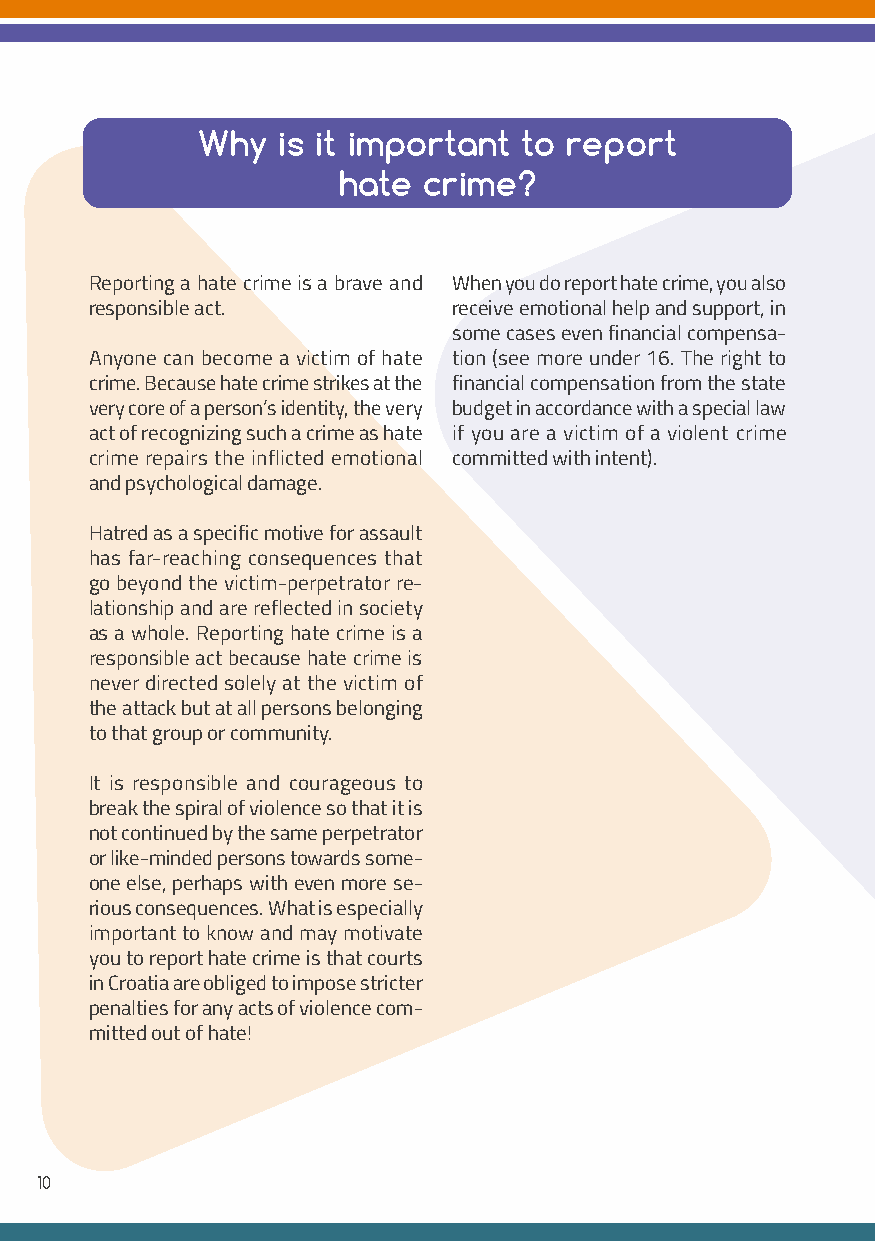
Why  is it important  to report
 hate  crime?
 Reporting a hate crime is a brave and When you do report hate crime, you also
 responsible act.        receive emotional help and support, in
 some cases even financial compensa-
 Anyone can become a victim of hate tion (see more under 16. The right to
 crime. Because hate crime strikes at the financial compensation from the state
 very core of a person’s identity, the very budget in accordance with a special law
 act of recognizing such a crime as hate if you are a victim of a violent crime
 crime repairs the inflicted emotional committed with intent).
 and psychological damage.
 Hatred as a specific motive for assault
 has far-reaching consequences that
 go beyond the victim-perpetrator re-
 lationship and are reflected in society
 as a whole. Reporting hate crime is a
 responsible act because hate crime is
 never directed solely at the victim of
 the attack but at all persons belonging
 to that group or community.
 It is responsible and courageous to
 break the spiral of violence so that it is
 not continued by the same perpetrator
 or like-minded persons towards some-
 one else, perhaps with even more se-
 rious consequences. What is especially
 important to know and may motivate
 you to report hate crime is that courts
 in Croatia are obliged to impose stricter
 penalties for any acts of violence com-
 mitted out of hate!
 10